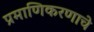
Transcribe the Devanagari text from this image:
प्रमाणिकरणाचे